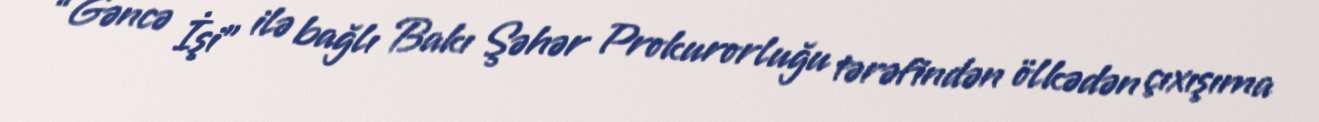
“Gəncə İşi” ilə bağlı Bakı Şəhər Prokurorluğu tərəfindən ölkədən çıxışıma